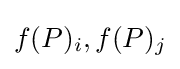
f(P)_{i},f(P)_{j}